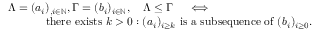
\begin{array} { r l } & { \Lambda = ( a _ { i } ) _ { , i \in \mathbb { N } } , \Gamma = ( b _ { i } ) _ { i \in \mathbb { N } } , \quad \Lambda \leq \Gamma \quad \iff } \\ & { \qquad \quad \mathrm { ~ t h e r e ~ e x i s t s ~ } k > 0 : ( a _ { i } ) _ { i \geq k } \mathrm { ~ i s ~ a ~ s u b s e q u e n c e ~ o f ~ } ( b _ { i } ) _ { i \geq 0 } . } \end{array}